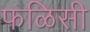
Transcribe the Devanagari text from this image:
फळिसी